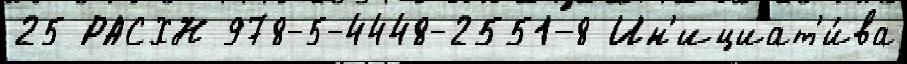
25 РАСХН 978-5-4448-2551-8 Ин'ициат'и́ва